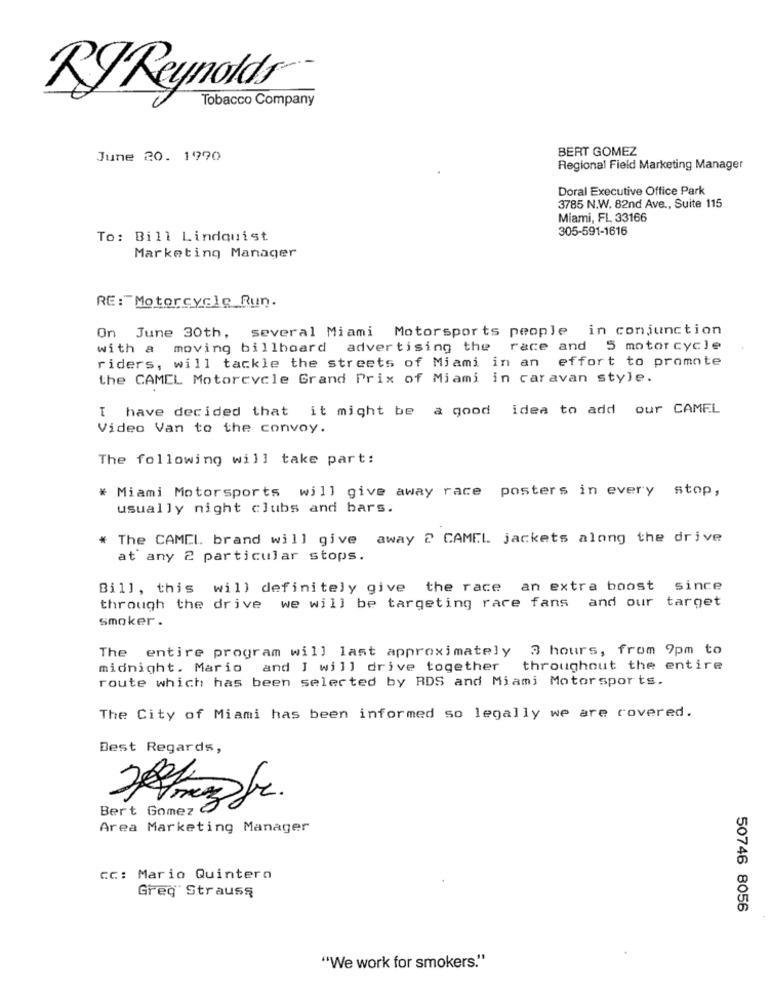
Tobacco Company
RJ Reynolds
BERT GOMEZ
June 20. 1990
Regional Field Marketing Manager
Doral Executive Office Park
3785 N.W. 82nd Ave ., Suite 115
Miami, FL 33166
305-591-1616
To: Bill Lindquist
Marketing Manager
RE: Motorcycle_Run.
On June 30th, several Miami Motorsports people in conjunction
with a moving billboard
advertising the race and 5 motorcycle
riders, will tackle the streets of Miami in an effort to promote
the CAMEL Motorcycle Grand Prix of Miami in caravan style.
I have decided that it might be a good idea to add our CAMEL
Video Van to the convoy.
The following will take part:
* Miami Motorsports will give away race posters in every stop,
usually night clubs and bars.
* The CAMEL brand will give away 2 CAMEL jackets along the drive
at any 2 particular stops.
Bill, this will definitely give the race an extra boost since
through the drive we will be targeting race fans and our target
Smoker.
The entire program will last approximately 3 hours, from 9pm to
midnight. Mario and I will drive together throughout the entire
route which has been selected by RDS and Miami Motorsports.
The City of Miami has been informed so legally we are covered.
Best Regards,
Bert Gomez
Area Marketing Manager
CC: Mario Quintero
Greg Strauss
50746 8056
"We work for smokers."